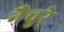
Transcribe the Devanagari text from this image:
नैचुरे